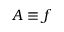
A \equiv f